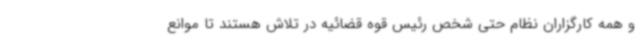
و همه کارگزاران نظام حتی شخص رئیس قوه قضائیه در تلاش هستند تا موانع